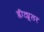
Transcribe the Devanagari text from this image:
ग्लीट्य्रूलर